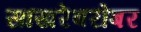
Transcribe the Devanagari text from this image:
साखरेबरोबर